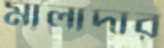
মালাদার